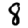
Digit: 8